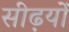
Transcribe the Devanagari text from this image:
सीढ़यों